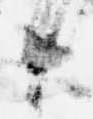
候